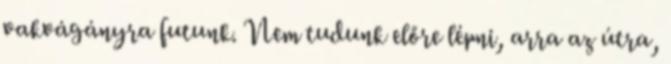
vakvágányra futunk. Nem tudunk előre lépni, arra az útra,